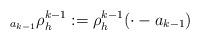
LaTeX: \begin{align*}_{a_{k-1}}\rho_h^{k-1} := \rho^{k-1}_h(\cdot -{a_{k-1}})\end{align*}